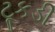
ટૂકડી